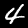
Digit: 4